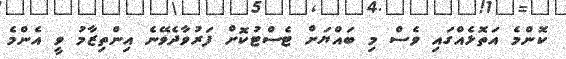
ކޮންމެ އަތޮޅެއްގައި ވެސް މި ބައްޔަށް ޓެސްޓުކޮށް ފަރުވާދެވޭނެ އިންތިޒާމު ވީ އެންމެ